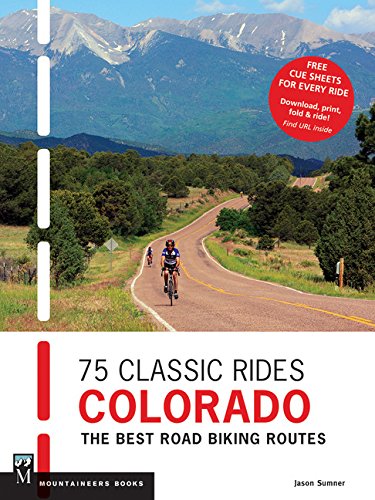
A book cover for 75 Classic Rides Colorado: The Best Road Biking Routes; Jason Sumner; Travel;